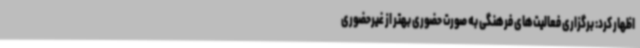
اظهار کرد: برگزاری فعالیت‌های فرهنگی به صورت حضوری بهتر از غیرحضوری